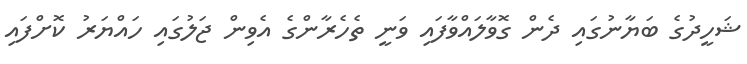
ޝަހީދުގެ ބަޔާނުގައި ދެން ގޮވާލައްވާފައި ވަނީ ތެހެރާންގެ އެވިން ޖަލުގައި ހައްޔަރު ކޮށްފައި